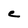
Character: C